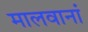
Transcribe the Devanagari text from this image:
मालवानां